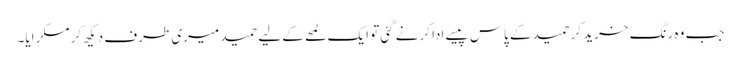
جب وہ رِنگ خرید کر حمید کے پاس پیسے ادا کرنے گئی تو ایک لمحے کے لیے حمید میری طرف دیکھ کر مسکرایا۔